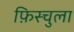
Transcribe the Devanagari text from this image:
फ़िस्चुला